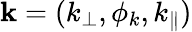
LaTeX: \mathbf{k}=(k_{\perp},\phi_{k},k_{\parallel})